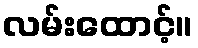
လမ်းထောင့်။